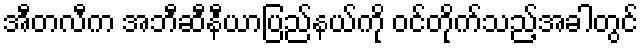
အီတလီက အဘီဆီနီယာပြည်နယ်ကို ဝင်တိုက်သည့်အခါတွင်